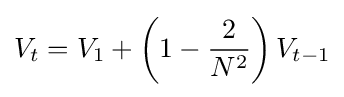
V_{t}=V_{1}+\left(1-{\frac {2}{N^{2}}}\right)V_{t-1}